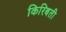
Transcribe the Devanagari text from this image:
किरिबती